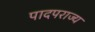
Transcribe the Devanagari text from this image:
पादपराज्य